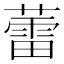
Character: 蕾